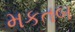
મકતબ